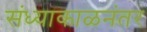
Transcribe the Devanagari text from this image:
संध्याकाळनंतर